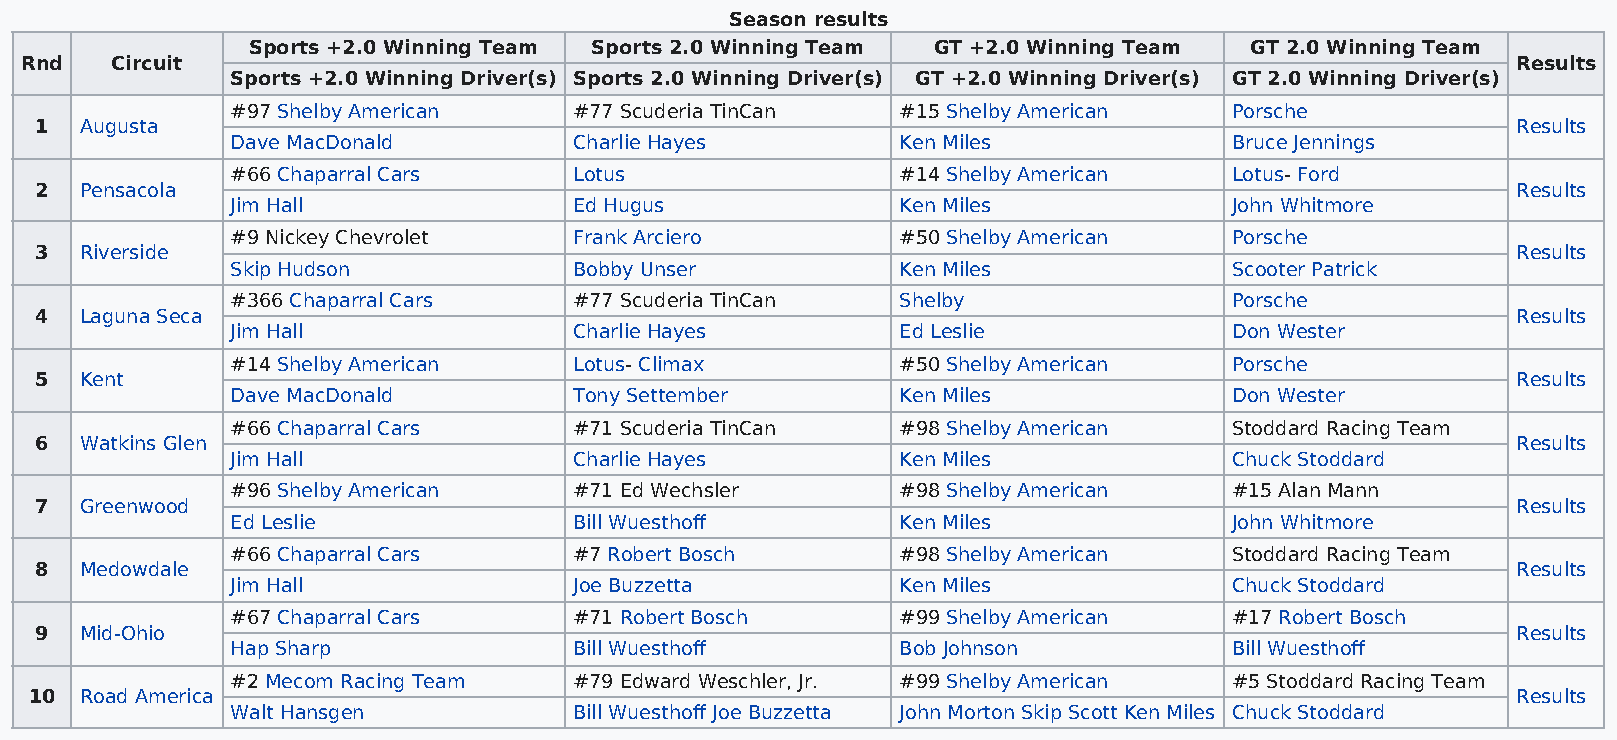
Season results
 Sports +2.0 Winning Team Sports 2.0 Winning Team GT +2.0 Winning Team GT 2.0 Winning Team
 Rnd   Circuit                                                                                      Results
 Sports +2.0 Winning Driver(s) Sports 2.0 Winning Driver(s) GT +2.0 Winning Driver(s) GT 2.0 Winning Driver(s)
 #97 Shelby American    #77 Scuderia TinCan   #15 Shelby American   Porsche
 1  Augusta                                                                                        Results
 Dave MacDonald         Charlie Hayes         Ken Miles             Bruce Jennings
 #66 Chaparral Cars     Lotus                 #14 Shelby American   Lotus- Ford
 2  Pensacola                                                                                      Results
 Jim Hall               Ed Hugus              Ken Miles             John Whitmore
 #9 Nickey Chevrolet    Frank Arciero         #50 Shelby American   Porsche
 3  Riverside                                                                                      Results
 Skip Hudson            Bobby Unser           Ken Miles             Scooter Patrick
 #366 Chaparral Cars    #77 Scuderia TinCan   Shelby                Porsche
 4  Laguna Seca                                                                                    Results
 Jim Hall               Charlie Hayes         Ed Leslie             Don Wester
 #14 Shelby American    Lotus- Climax         #50 Shelby American   Porsche
 5  Kent                                                                                           Results
 Dave MacDonald         Tony Settember        Ken Miles             Don Wester
 #66 Chaparral Cars     #71 Scuderia TinCan   #98 Shelby American   Stoddard Racing Team
 6  Watkins Glen                                                                                   Results
 Jim Hall               Charlie Hayes         Ken Miles             Chuck Stoddard
 #96 Shelby American    #71 Ed Wechsler       #98 Shelby American   #15 Alan Mann
 7  Greenwood                                                                                      Results
 Ed Leslie              Bill Wuesthoff        Ken Miles             John Whitmore
 #66 Chaparral Cars     #7 Robert Bosch       #98 Shelby American   Stoddard Racing Team
 8  Medowdale                                                                                      Results
 Jim Hall               Joe Buzzetta          Ken Miles             Chuck Stoddard
 #67 Chaparral Cars     #71 Robert Bosch      #99 Shelby American   #17 Robert Bosch
 9  Mid-Ohio                                                                                       Results
 Hap Sharp              Bill Wuesthoff        Bob Johnson           Bill Wuesthoff
 #2 Mecom Racing Team   #79 Edward Weschler, Jr. #99 Shelby American #5 Stoddard Racing Team
 10 Road America                                                                                   Results
 Walt Hansgen           Bill Wuesthoff Joe Buzzetta John Morton Skip Scott Ken Miles Chuck Stoddard